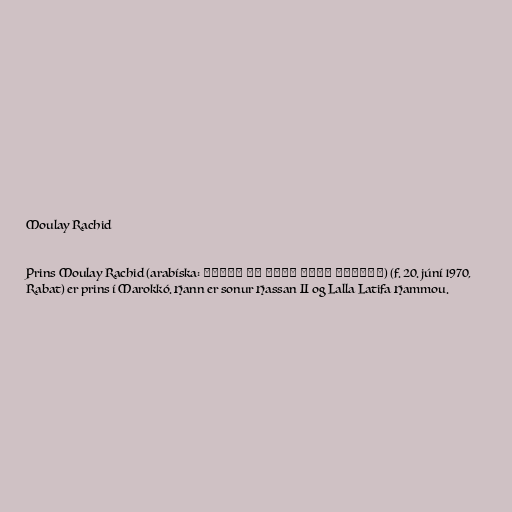
Moulay Rachid

Prins Moulay Rachid (arabíska: الأمير مولي رشيد بن الحسن) (f. 20. júní 1970,
Rabat) er prins í Marokkó. Hann er sonur Hassan II og Lalla Latifa Hammou.